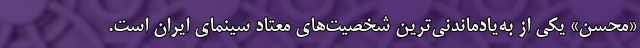
«محسن» یکی از به‌یادماندنی‌ترین شخصیت‌های معتاد سینمای ایران است.